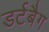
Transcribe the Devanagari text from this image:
डर्टबैग